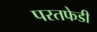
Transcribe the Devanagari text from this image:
परतफेडी